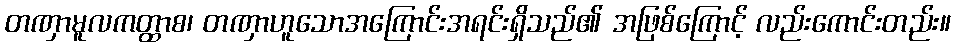
တဏှာမူလကတ္ထာစ၊ တဏှာဟူသောအကြောင်းအရင်းရှိသည်၏ အဖြစ်ကြောင့် လည်းကောင်းတည်း။